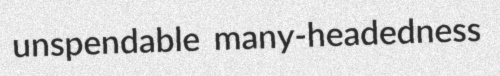
unspendable many-headedness